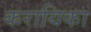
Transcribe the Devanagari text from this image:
करायिका